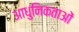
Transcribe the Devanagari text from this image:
आधुनिकताओं